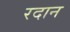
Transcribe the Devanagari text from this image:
रदान